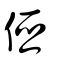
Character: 俹